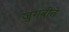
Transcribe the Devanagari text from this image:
जुगबीते